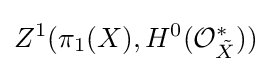
Z^{1}(\pi _{1}(X),H^{0}({\mathcal {O}}_{\tilde {X}}^{*}))